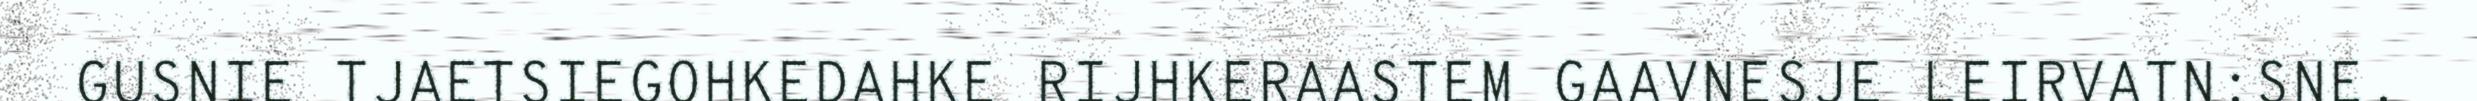
GUSNIE TJAETSIEGOHKEDAHKE RIJHKERAASTEM GAAVNESJE LEIRVATN:SNE.